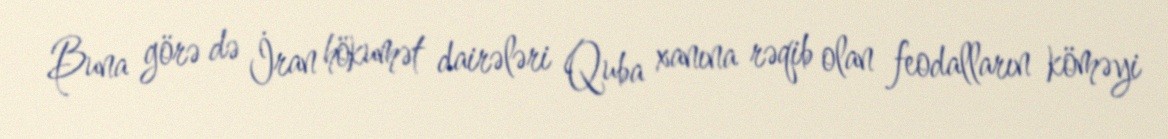
Buna görə də İran hökumət dairələri Quba xanına rəqib olan feodalların köməyi